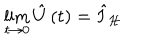
LaTeX: \lim _ { t \rightarrow 0 } \hat { U } \left( t \right) = \hat { I } _ { \mathcal { H } }